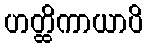
ဟတ္ထိကာယာပိ